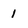
Character: 1